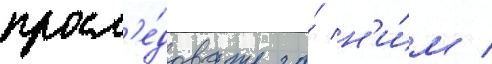
просл'е́довать за́ н'и́м /